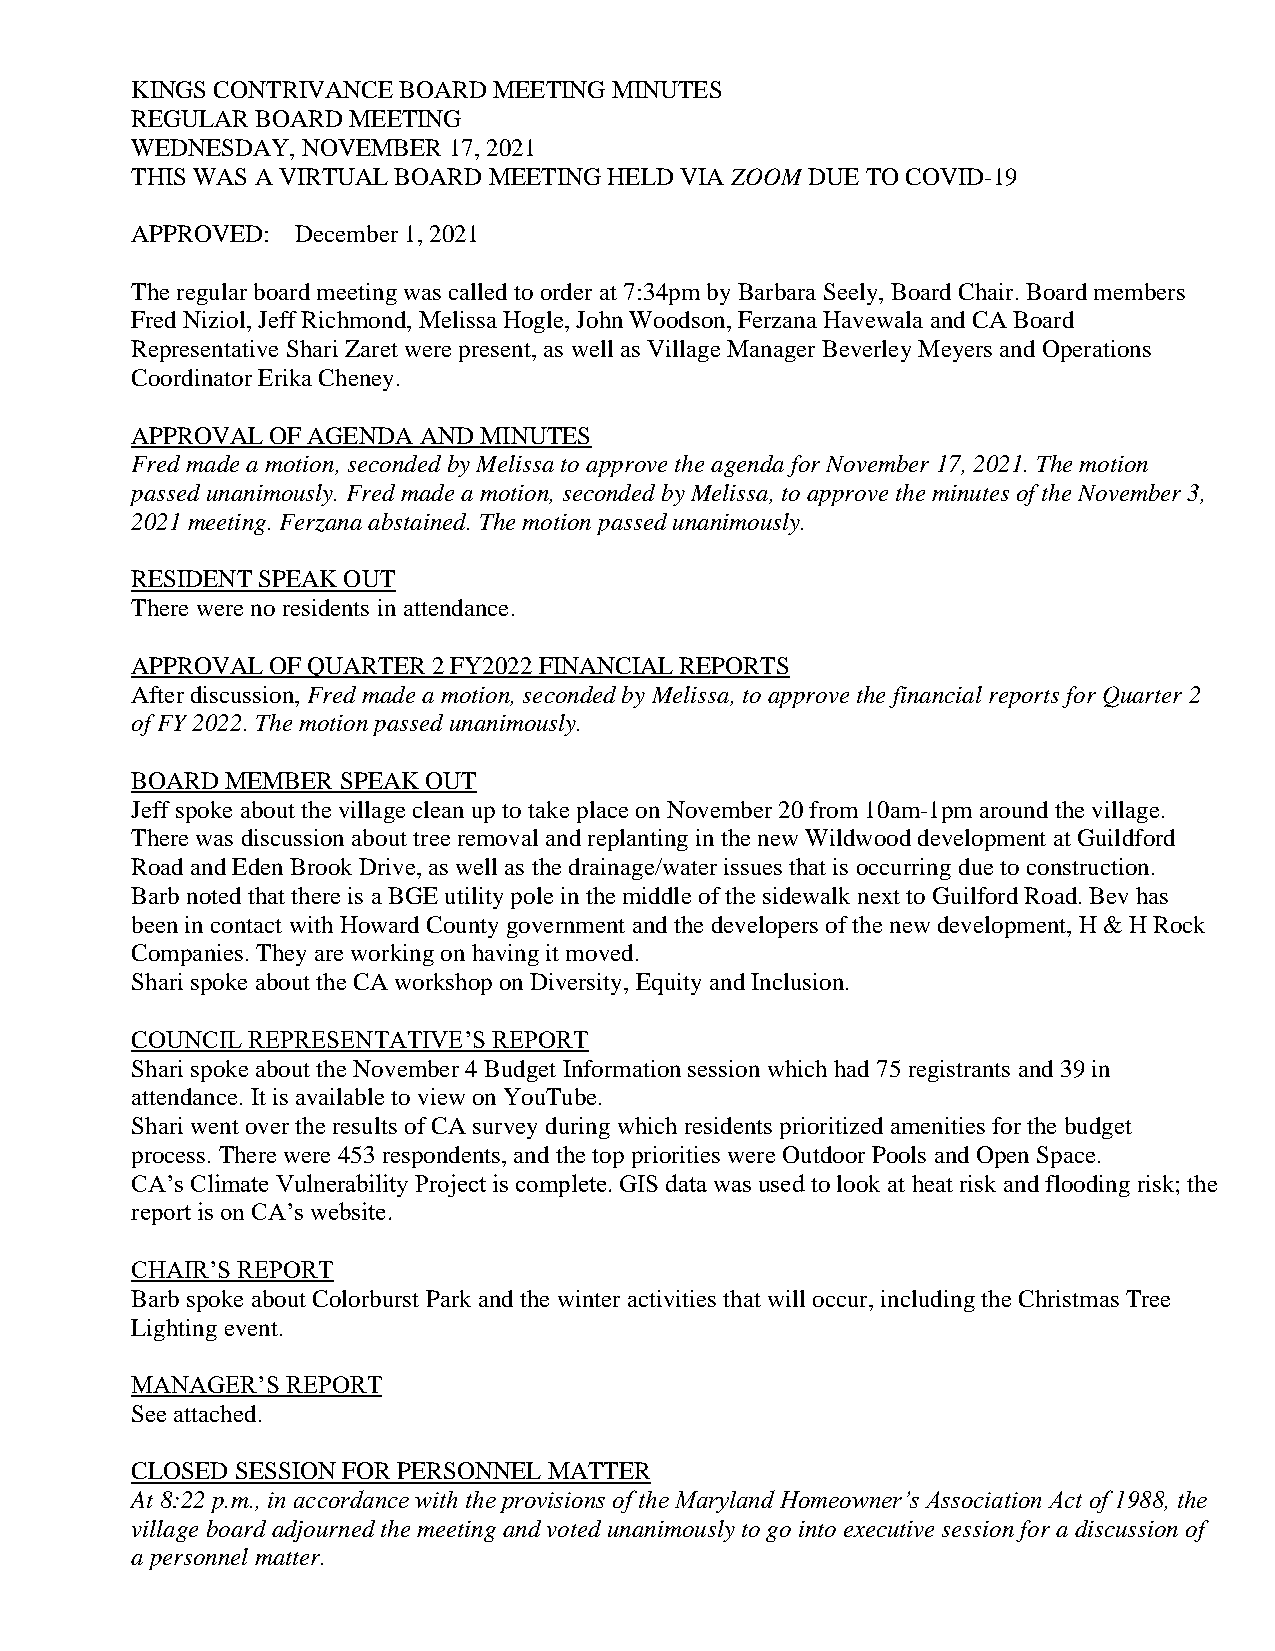
KINGS CONTRIVANCE BOARD MEETING MINUTES
 REGULAR BOARD MEETING
 WEDNESDAY, NOVEMBER  17, 2021
 THIS WAS A VIRTUAL BOARD MEETING HELD VIA ZOOM DUE TO COVID-19
 APPROVED:  December 1, 2021
 The regular board meeting was called to order at 7:34pm by Barbara Seely, Board Chair. Board members
 Fred Niziol, Jeff Richmond, Melissa Hogle, John Woodson, Ferzana Havewala and CA Board
 Representative Shari Zaret were present, as well as Village Manager Beverley Meyers and Operations
 Coordinator Erika Cheney.
 APPROVAL OF AGENDA AND MINUTES
 Fred made a motion, seconded by Melissa to approve the agenda for November 17, 2021. The motion
 passed unanimously. Fred made a motion, seconded by Melissa, to approve the minutes of the November 3,
 2021 meeting. Ferzana abstained. The motion passed unanimously.
 RESIDENT SPEAK OUT
 There were no residents in attendance.
 APPROVAL OF QUARTER 2 FY2022 FINANCIAL REPORTS
 After discussion, Fred made a motion, seconded by Melissa, to approve the financial reports for Quarter 2
 of FY 2022. The motion passed unanimously.
 BOARD MEMBER SPEAK OUT
 Jeff spoke about the village clean up to take place on November 20 from 10am-1pm around the village.
 There was discussion about tree removal and replanting in the new Wildwood development at Guildford
 Road and Eden Brook Drive, as well as the drainage/water issues that is occurring due to construction.
 Barb noted that there is a BGE utility pole in the middle of the sidewalk next to Guilford Road. Bev has
 been in contact with Howard County government and the developers of the new development, H & H Rock
 Companies. They are working on having it moved.
 Shari spoke about the CA workshop on Diversity, Equity and Inclusion.
 COUNCIL REPRESENTATIVE’S REPORT
 Shari spoke about the November 4 Budget Information session which had 75 registrants and 39 in
 attendance. It is available to view on YouTube.
 Shari went over the results of CA survey during which residents prioritized amenities for the budget
 process. There were 453 respondents, and the top priorities were Outdoor Pools and Open Space.
 CA’s Climate Vulnerability Project is complete. GIS data was used to look at heat risk and flooding risk; the
 report is on CA’s website.
 CHAIR’S REPORT
 Barb spoke about Colorburst Park and the winter activities that will occur, including the Christmas Tree
 Lighting event.
 MANAGER’S REPORT
 See attached.
 CLOSED SESSION FOR PERSONNEL MATTER
 At 8:22 p.m., in accordance with the provisions of the Maryland Homeowner’s Association Act of 1988, the
 village board adjourned the meeting and voted unanimously to go into executive session for a discussion of
 a personnel matter.